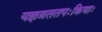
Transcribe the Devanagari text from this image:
यज्ञव्रततपःक्रियाः